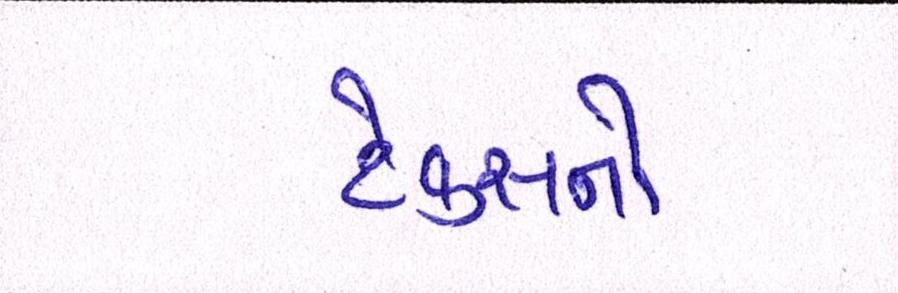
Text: ટેક્સનો